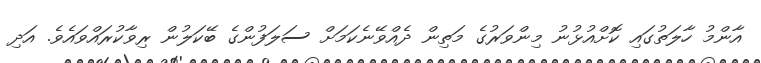
އާންމު ހާލަތުގައި ކޮށްއުޅުނު މިންވަރުގެ މަތިން ދެއްވޭނެކަމަށް ސަލަފުންގެ ބޭކަލުން ރިވާކުރައްވައެވެ. އަދި